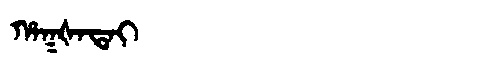
Manchu: ᡥᠠᡴᡧᠠᡨᠠᡳ
Romanization: HAKŠATAI